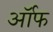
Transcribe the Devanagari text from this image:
र्ऑफ